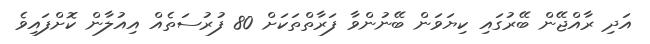
އަދި ރާއްޖޭން ބޭރުގައި ކިޔަވަން ބޭނުންވާ ފަރާތްތަކަށް 80 ފުރުސަތެއް އިއުލާން ކޮށްފައިވެ